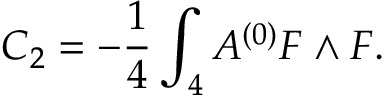
C _ { 2 } = - { \frac { 1 } { 4 } } \int _ { 4 } A ^ { ( 0 ) } F \wedge F .